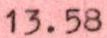
13.58